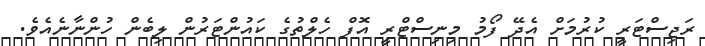
ރަޖިސްޓަރީ ކުރުމަށް އެދޭ ފޯމު މިނިސްޓްރީ އޮފް ހެލްތުގެ ކައުންޓަރުން ލިބެން ހުންނާނެއެވެ.